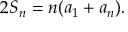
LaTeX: \ 2 S _ { n } = n ( a _ { 1 } + a _ { n } ) .